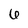
Character: 6